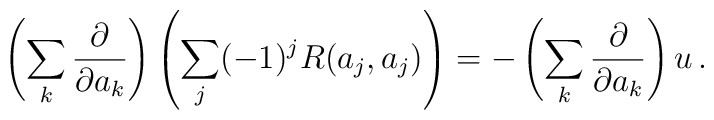
\left(\sum_k {\partial\over\partial a_k}\right)\left(\sum_j(-1)^j R(a_j,a_j)\right) = -\left(\sum_k {\partial\over\partial a_k}\right) u\, .